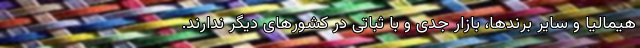
هیمالیا و سایر برندها، بازار جدی و با ثباتی در کشورهای دیگر ندارند.